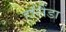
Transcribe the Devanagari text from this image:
हॉलैंडा